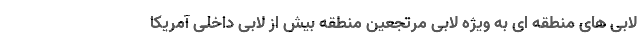
لابی های منطقه ای به ویژه لابی مرتجعین منطقه بیش از لابی داخلی آمریکا